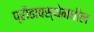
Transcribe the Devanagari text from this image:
प्रौढावस्थेमधील